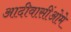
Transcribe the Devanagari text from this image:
आदीवासींओमे